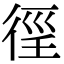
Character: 𢔉